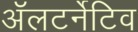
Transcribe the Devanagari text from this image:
ॲलटर्नेटिव